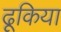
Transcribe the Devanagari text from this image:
ढूकिया